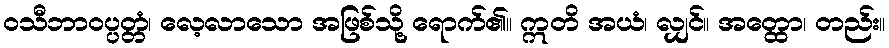
ဝသီဘာဝပ္ပတ္တံ၊ လေ့လာသော အဖြစ်သို့ ရောက်၏။ ဣတိ အယံ၊ လျှင်။ အတ္ထော၊ တည်း။